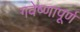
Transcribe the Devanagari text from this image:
गवेष्णापूर्ण